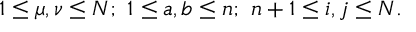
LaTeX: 1 \leq \mu , \nu \leq N ; \ 1 \leq a , b \leq n ; \ n + 1 \leq i , j \leq N .